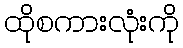
ထိုစကားလုံးကို